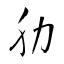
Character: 肋